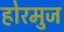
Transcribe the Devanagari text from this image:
होरमुज